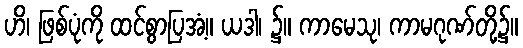
ဟိ၊ ဖြစ်ပုံကို ထင်စွာပြအံ့။ ယဒါ၊ ၌။ ကာမေသု၊ ကာမဂုဏ်တို့၌။